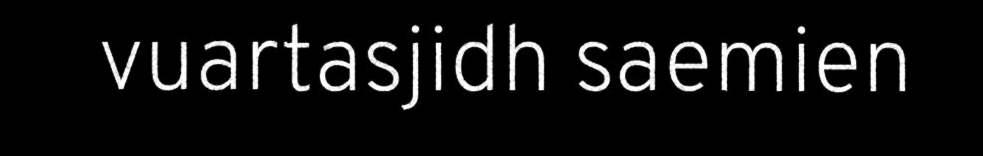
vuartasjidh saemien